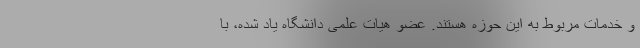
و خدمات مربوط به این حوزه هستند. عضو هیات علمی دانشگاه یاد شده، با